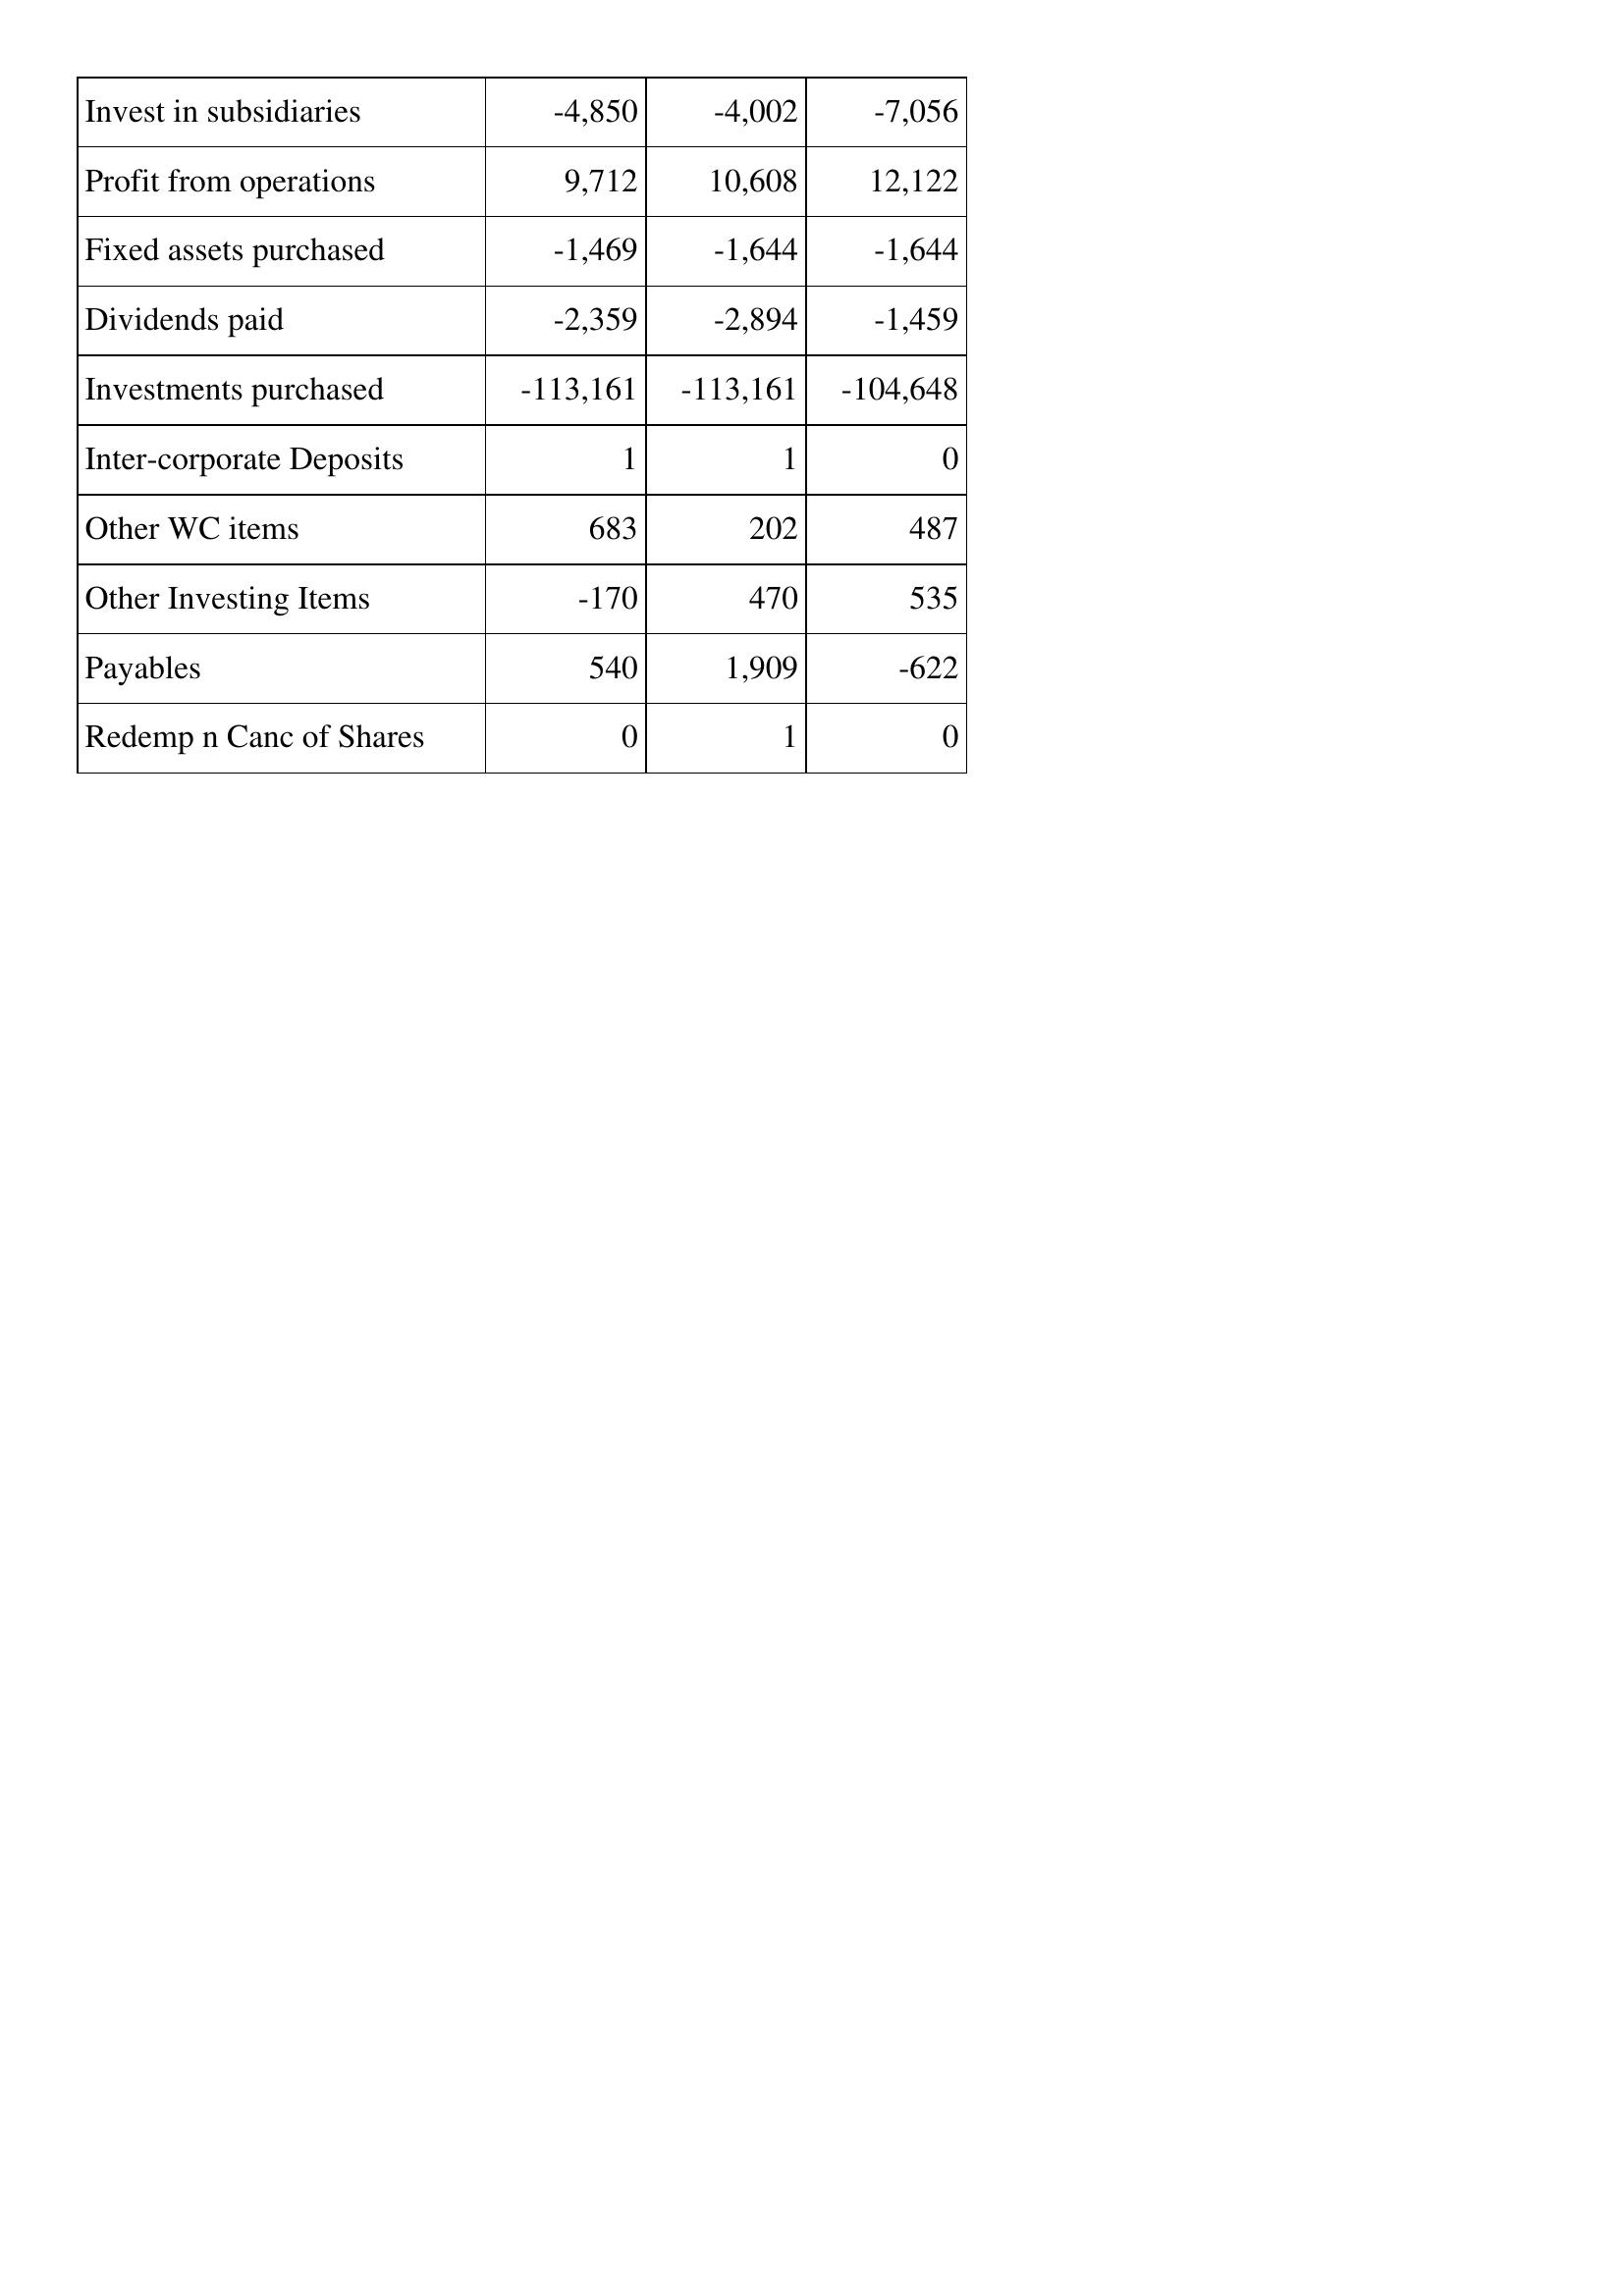
Feb-14: Cash Flows: Invest in subsidiaries: -4,850
Profit from operations: 9,712
Fixed assets purchased: -1,469
Dividends paid: -2,359
Investments purchased: -113,161
Inter-corporate Deposits: 1
Other WC items: 683
Other Investing Items: -170
Payables: 540
Redemp n Canc of Shares: 0
Feb-15: Cash Flows: Invest in subsidiaries: -4,002
Profit from operations: 10,608
Fixed assets purchased: -1,644
Dividends paid: -2,894
Investments purchased: -113,161
Inter-corporate Deposits: 1
Other WC items: 202
Other Investing Items: 470
Payables: 1,909
Redemp n Canc of Shares: 1
Feb-16: Cash Flows: Invest in subsidiaries: -7,056
Profit from operations: 12,122
Fixed assets purchased: -1,644
Dividends paid: -1,459
Investments purchased: -104,648
Inter-corporate Deposits: 0
Other WC items: 487
Other Investing Items: 535
Payables: -622
Redemp n Canc of Shares: 0